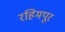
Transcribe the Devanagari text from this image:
रहिमपूर